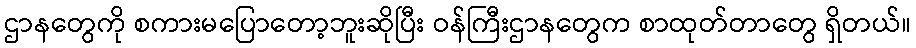
ဌာနတွေကို စကားမပြောတော့ဘူးဆိုပြီး ဝန်ကြီးဌာနတွေက စာထုတ်တာတွေ ရှိတယ်။